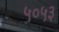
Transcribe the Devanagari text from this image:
५०५३